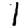
Digit: 1